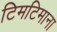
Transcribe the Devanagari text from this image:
टिमटिमाना